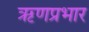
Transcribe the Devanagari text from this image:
ऋणप्रभार